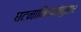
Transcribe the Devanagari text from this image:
घटनानियमांनुसार